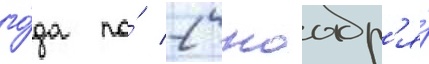
го́да по́ 2 ноабр'я́